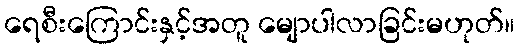
ရေစီးကြောင်းနှင့်အတူ မျောပါလာခြင်းမဟုတ်။